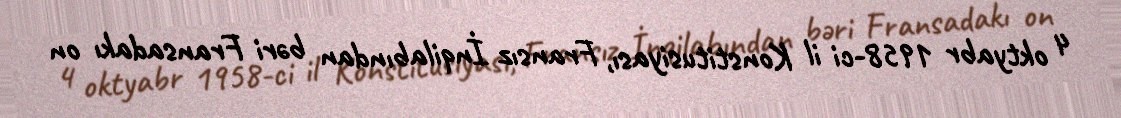
4 oktyabr 1958-ci il Konstitusiyası, Fransız İnqilabından bəri Fransadakı on